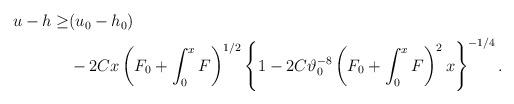
LaTeX: \begin{align*}\begin{aligned}u-h \geq& (u_0-h_0)\\&-2Cx\left(F_0+\int_0^x F\right)^{1/2}\left\{1-2C\vartheta_0^{-8}\left(F_0+\int_0^x F\right)^2x\right\}^{-1/4}.\end{aligned}\end{align*}